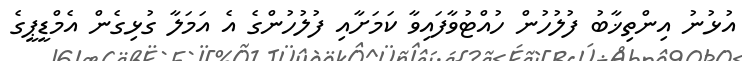
އުޅުނު އިންތިޚާބު ފުލުހުން ހުއްޓުވާފައިވާ ކަމަށާއި ފުލުހުންގެ އެ އަމަލާ ގުޅިގެން އެމްޑީޕީގެ